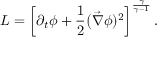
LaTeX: { \cal L } = \left[ \partial _ { t } \phi + \frac { 1 } { 2 } \big ( \vec { \nabla } \phi ) ^ { 2 } \right] ^ { \frac { \gamma } { \gamma - 1 } } .